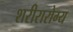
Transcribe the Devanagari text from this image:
शरीरारोग्य